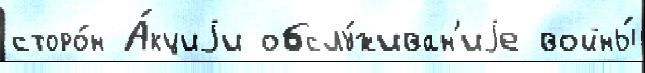
сторо́н А́кциjи обслу́живан'иjе войны́